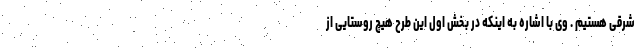
شرقی هستیم . وی با اشاره به اینکه در بخش اول این طرح هیچ روستایی از